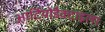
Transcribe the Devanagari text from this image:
आर्टियोडैक्टाइला